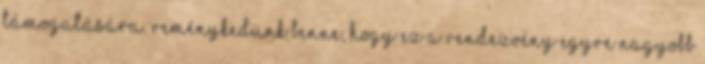
támogatására. Reménykedünk benne, hogy ez a rendezvény egyre nagyobb